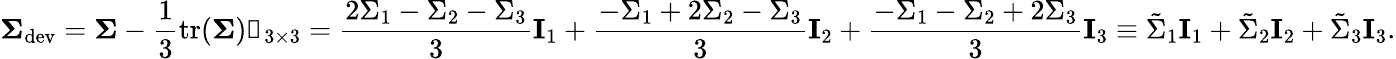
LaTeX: \mathbf{\Sigma}_{\mathrm{dev}}=\mathbf{\Sigma}-\frac{1}{3}\mathrm{tr}(\mathbf{\Sigma})\mathbb{1}_{3\times 3}=\frac{2\Sigma_{1}-\Sigma_{2}-\Sigma_{3}}{3}\mathbf{I}_{1}+\frac{-\Sigma_{1}+2\Sigma_{2}-\Sigma_{3}}{3}\mathbf{I}_{2}+\frac{-\Sigma_{1}-\Sigma_{2}+2\Sigma_{3}}{3}\mathbf{I}_{3}\equiv\tilde{\Sigma}_{1}\mathbf{I}_{1}+\tilde{\Sigma}_{2}\mathbf{I}_{2}+\tilde{\Sigma}_{3}\mathbf{I}_{3}.